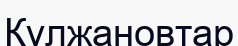
Құлжановтар